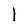
Character: l